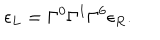
\epsilon _ { L } = \Gamma ^ { 0 } \Gamma ^ { 1 } \Gamma ^ { 6 } \epsilon _ { R } .